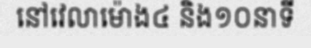
នៅវេលាម៉ោង៤ និង១០នាទី